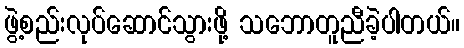
ဖွဲ့စည်းလုပ်ဆောင်သွားဖို့ သဘောတူညီခဲ့ပါတယ်။